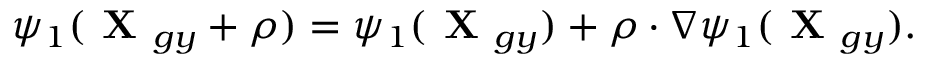
\psi _ { 1 } ( \textbf { X } _ { g y } + \boldsymbol { \rho } ) = \psi _ { 1 } ( \textbf { X } _ { g y } ) + \boldsymbol { \rho } \boldsymbol { \cdot } \nabla \psi _ { 1 } ( \textbf { X } _ { g y } ) .